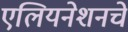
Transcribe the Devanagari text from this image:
एलियनेशनचे